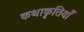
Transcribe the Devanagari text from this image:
कथाकृतियाँ